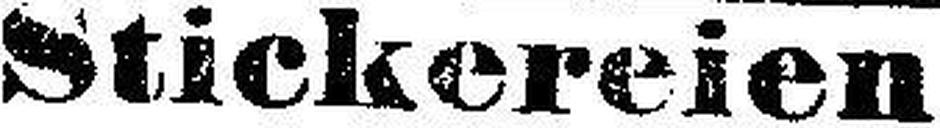
Stickereien